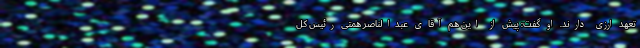
تعهد ارزی دارند. او گفت: پیش از این هم آقای عبدالناصر همتی رئیس کل